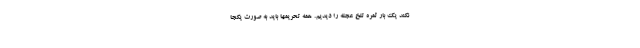
نکند یک بار ثمره تلخ عجله را دیدیم. همه تحریمها باید به صورت یکجا